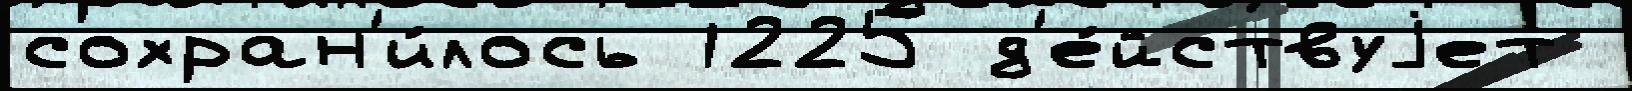
сохран'и́лось 1225 д'е́йствуjет